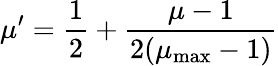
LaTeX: \mu^{\prime}=\frac{1}{2}+\frac{\mu-1}{2(\mu_{\operatorname*{max}}-1)}